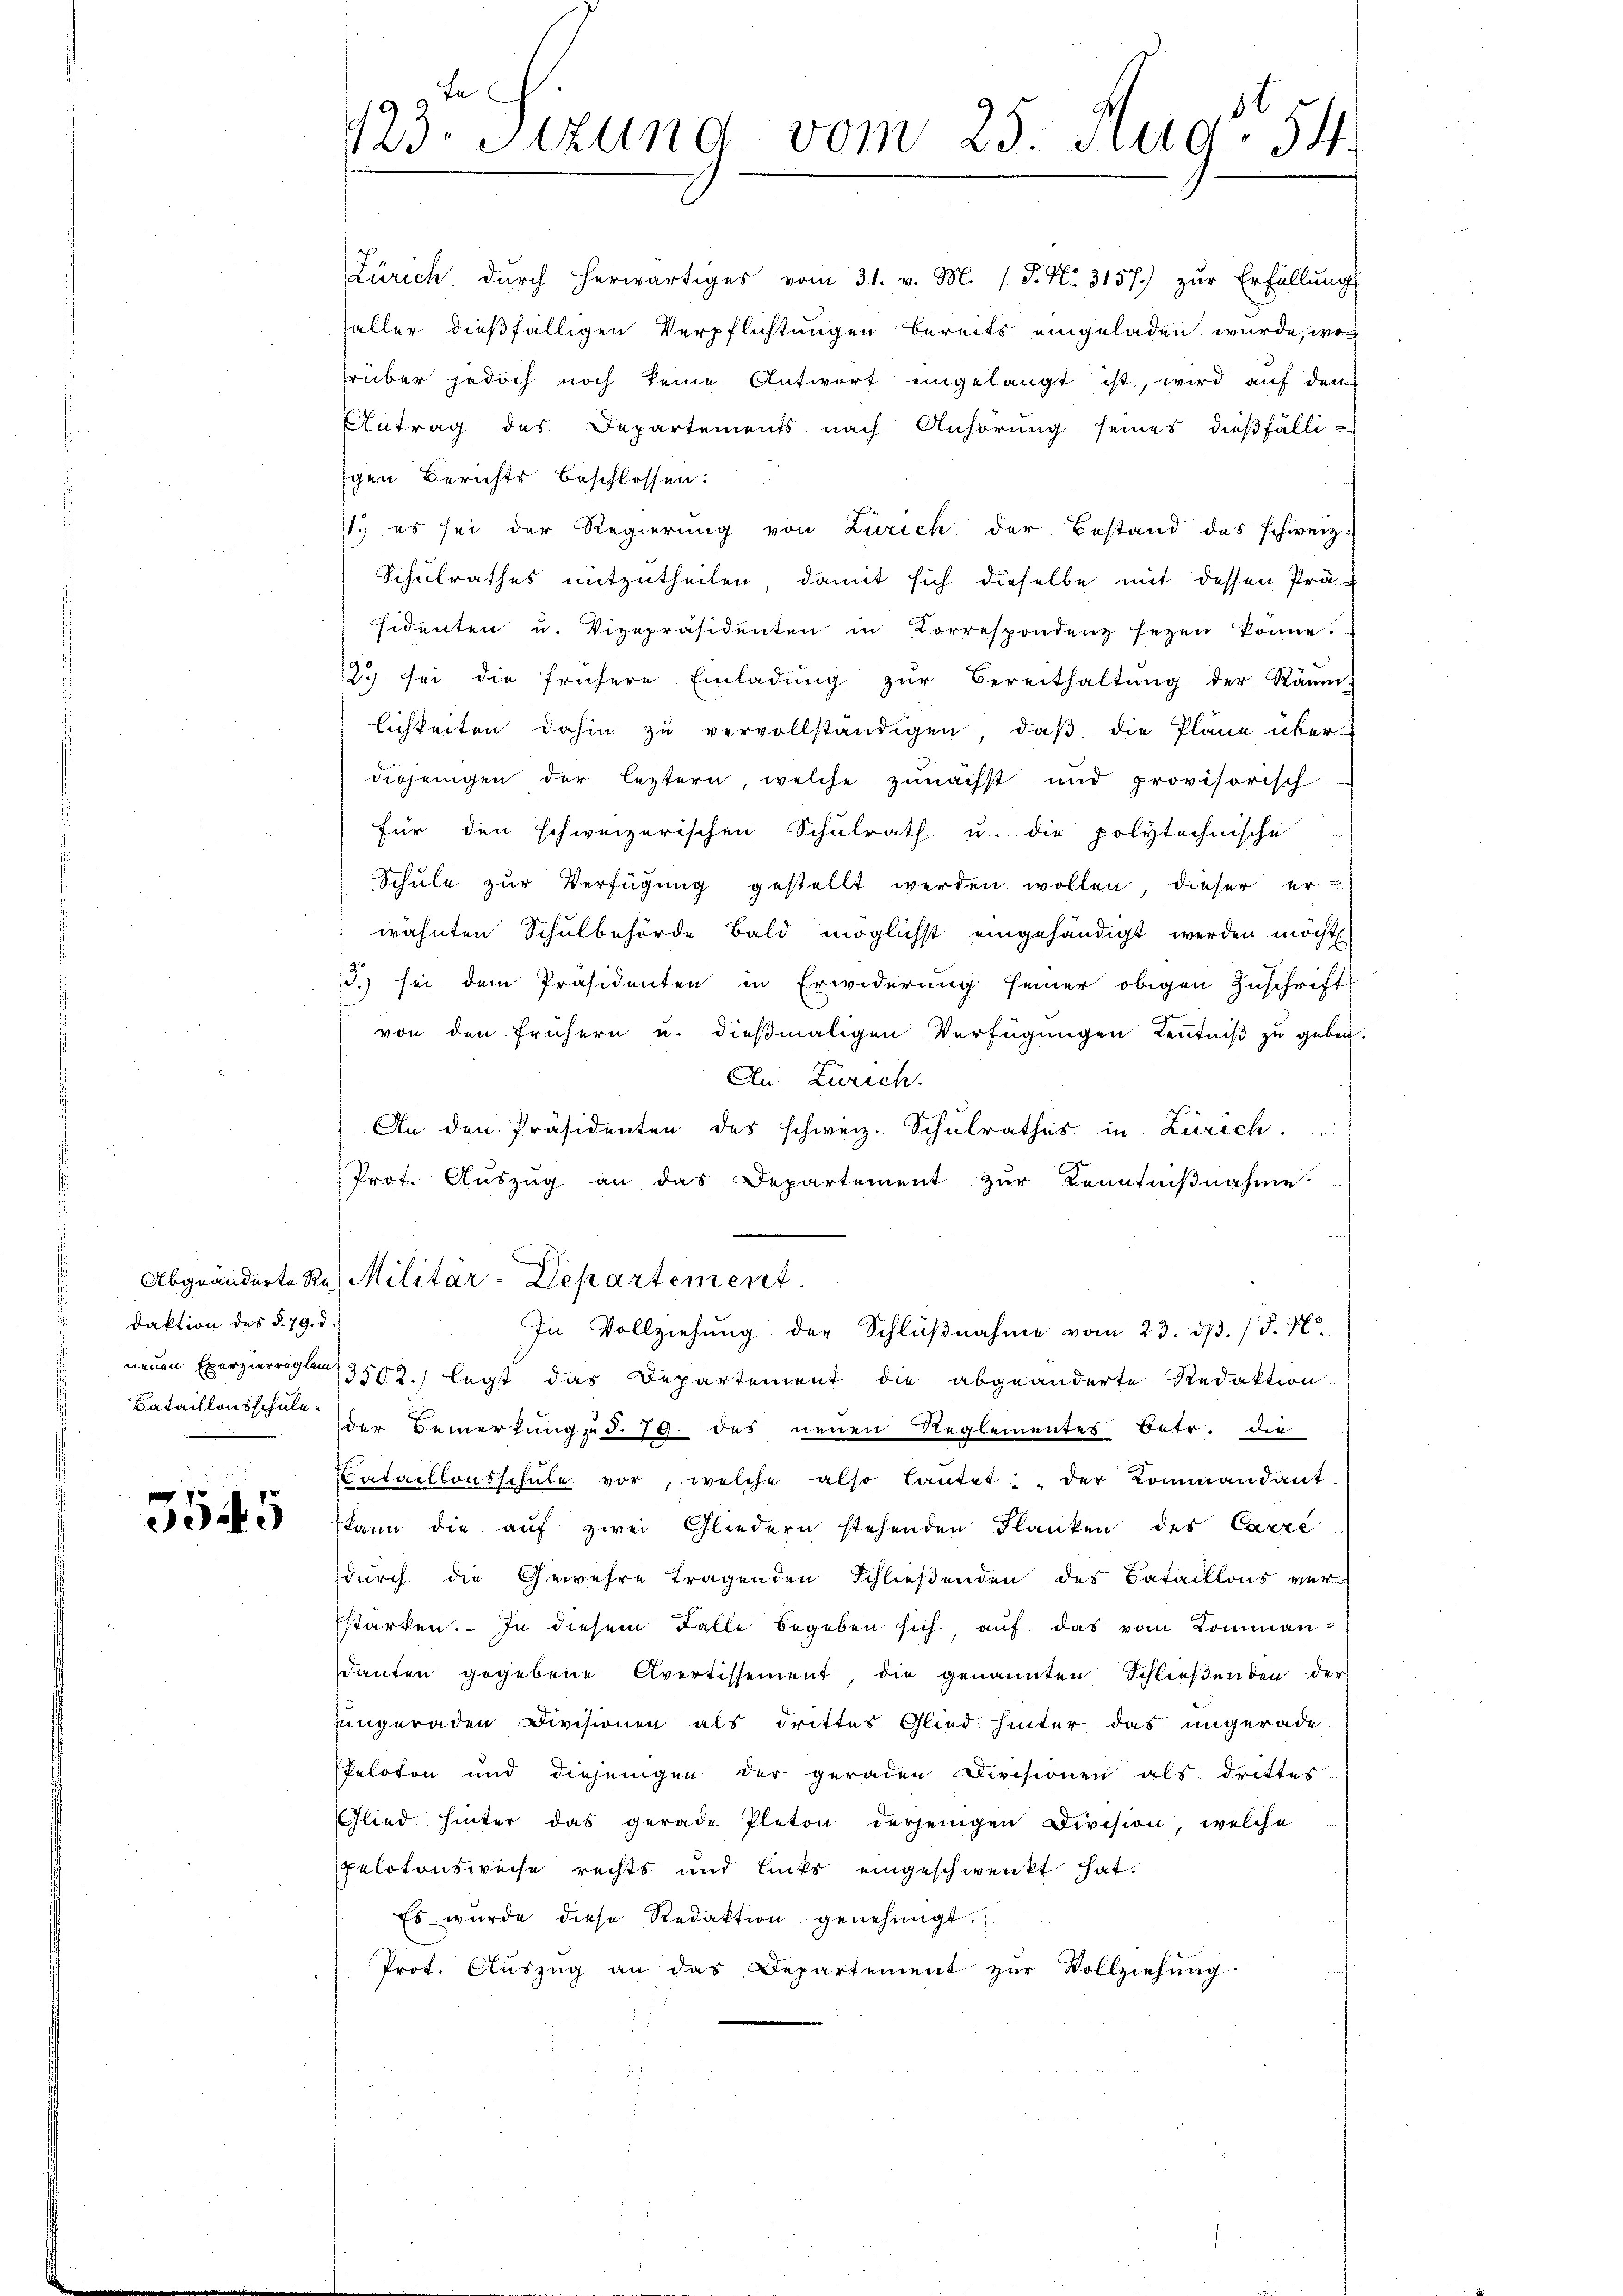
daktion des §. 79. d.
Bataillonsschule.

7
3045

Zürich, durch herwärtiges vom 31. v. M. (T. N. 3157) zŭr Erfüllŭng
aller dießfälligen Verpflichtungen bereits eingeladen wurde, wo
rüber jedoch noch keine Antwort eingelangt ist, wird auf dem
Antrag des Departements nach Anhörung seines dießfälli-
igen Berichts beschlossen:
1. es sei der Regierung von Zürich der Bestand das schweiz.
Schulrathes mitzutheilen, damit sich dieselbe mit dessen Prä-
sidenten u. Vizepräsidenten in Korrespondenz sezen könne.
12 sei die frühere Einladŭng zŭr Bereithaltŭng der Räum
lichkeiten dahin zu vervollständigen, daß die Pläne über-
diejenigen der leztern, welche zunächst und provisorisch
Für den schweizerischen Schulrath u. die polytechnische
Schule zur Verfügung gestellt werden wollen, dieser er-
wähnten Schulbehörde bald möglichst eingehändigt werden möchte
15.) sei dem Präsidenten in Erwiderung seiner obigen Zuschrift
von den frühern u. dießmaligen Verfügungen Kenntniß zu geben.
An Zürich.
An den Präsidenten des schweiz. Schulrathes in Zürich.
Prof. Aŭszŭg an das Departement zur Kenntnißnahme
Abgeänderte Res Militär-Departement
In Vollziehŭng der Schlŭβnahme vom 23. dβ. / 5. N
neuen Exerzierregler 3502.) legt das Departement die abgeänderte Redaktion
der Bemerkung d. 19. des neuen Reglementes Betr. die
ataillonsschule vor, welche also lautet: der Kommandant
kann die auf zwei Gliedern stehenden Flanken des Carré
durch die Gewehre tragenden Schließenden des Bataillons ver-
starken. In diesem Falle begeben sich aŭf das vom Komman
santen gegebene Avertissement, die genannten Schließenden der
uingeraden Divisionen als drittes Glied hinter das ungerade
Peloton und diejenigen der geraden Divisionen als drittes
Glied hinter das gerade Platon derjenigen Division, welche
pelotonsweise rechts und links eingeschwenkt hat.
Es wurde diese Redaktion genehmigt.
Prot. Aŭszŭg an das Departement zŭr Vollziehŭng

123. Stund vom 25. Aug. 54.